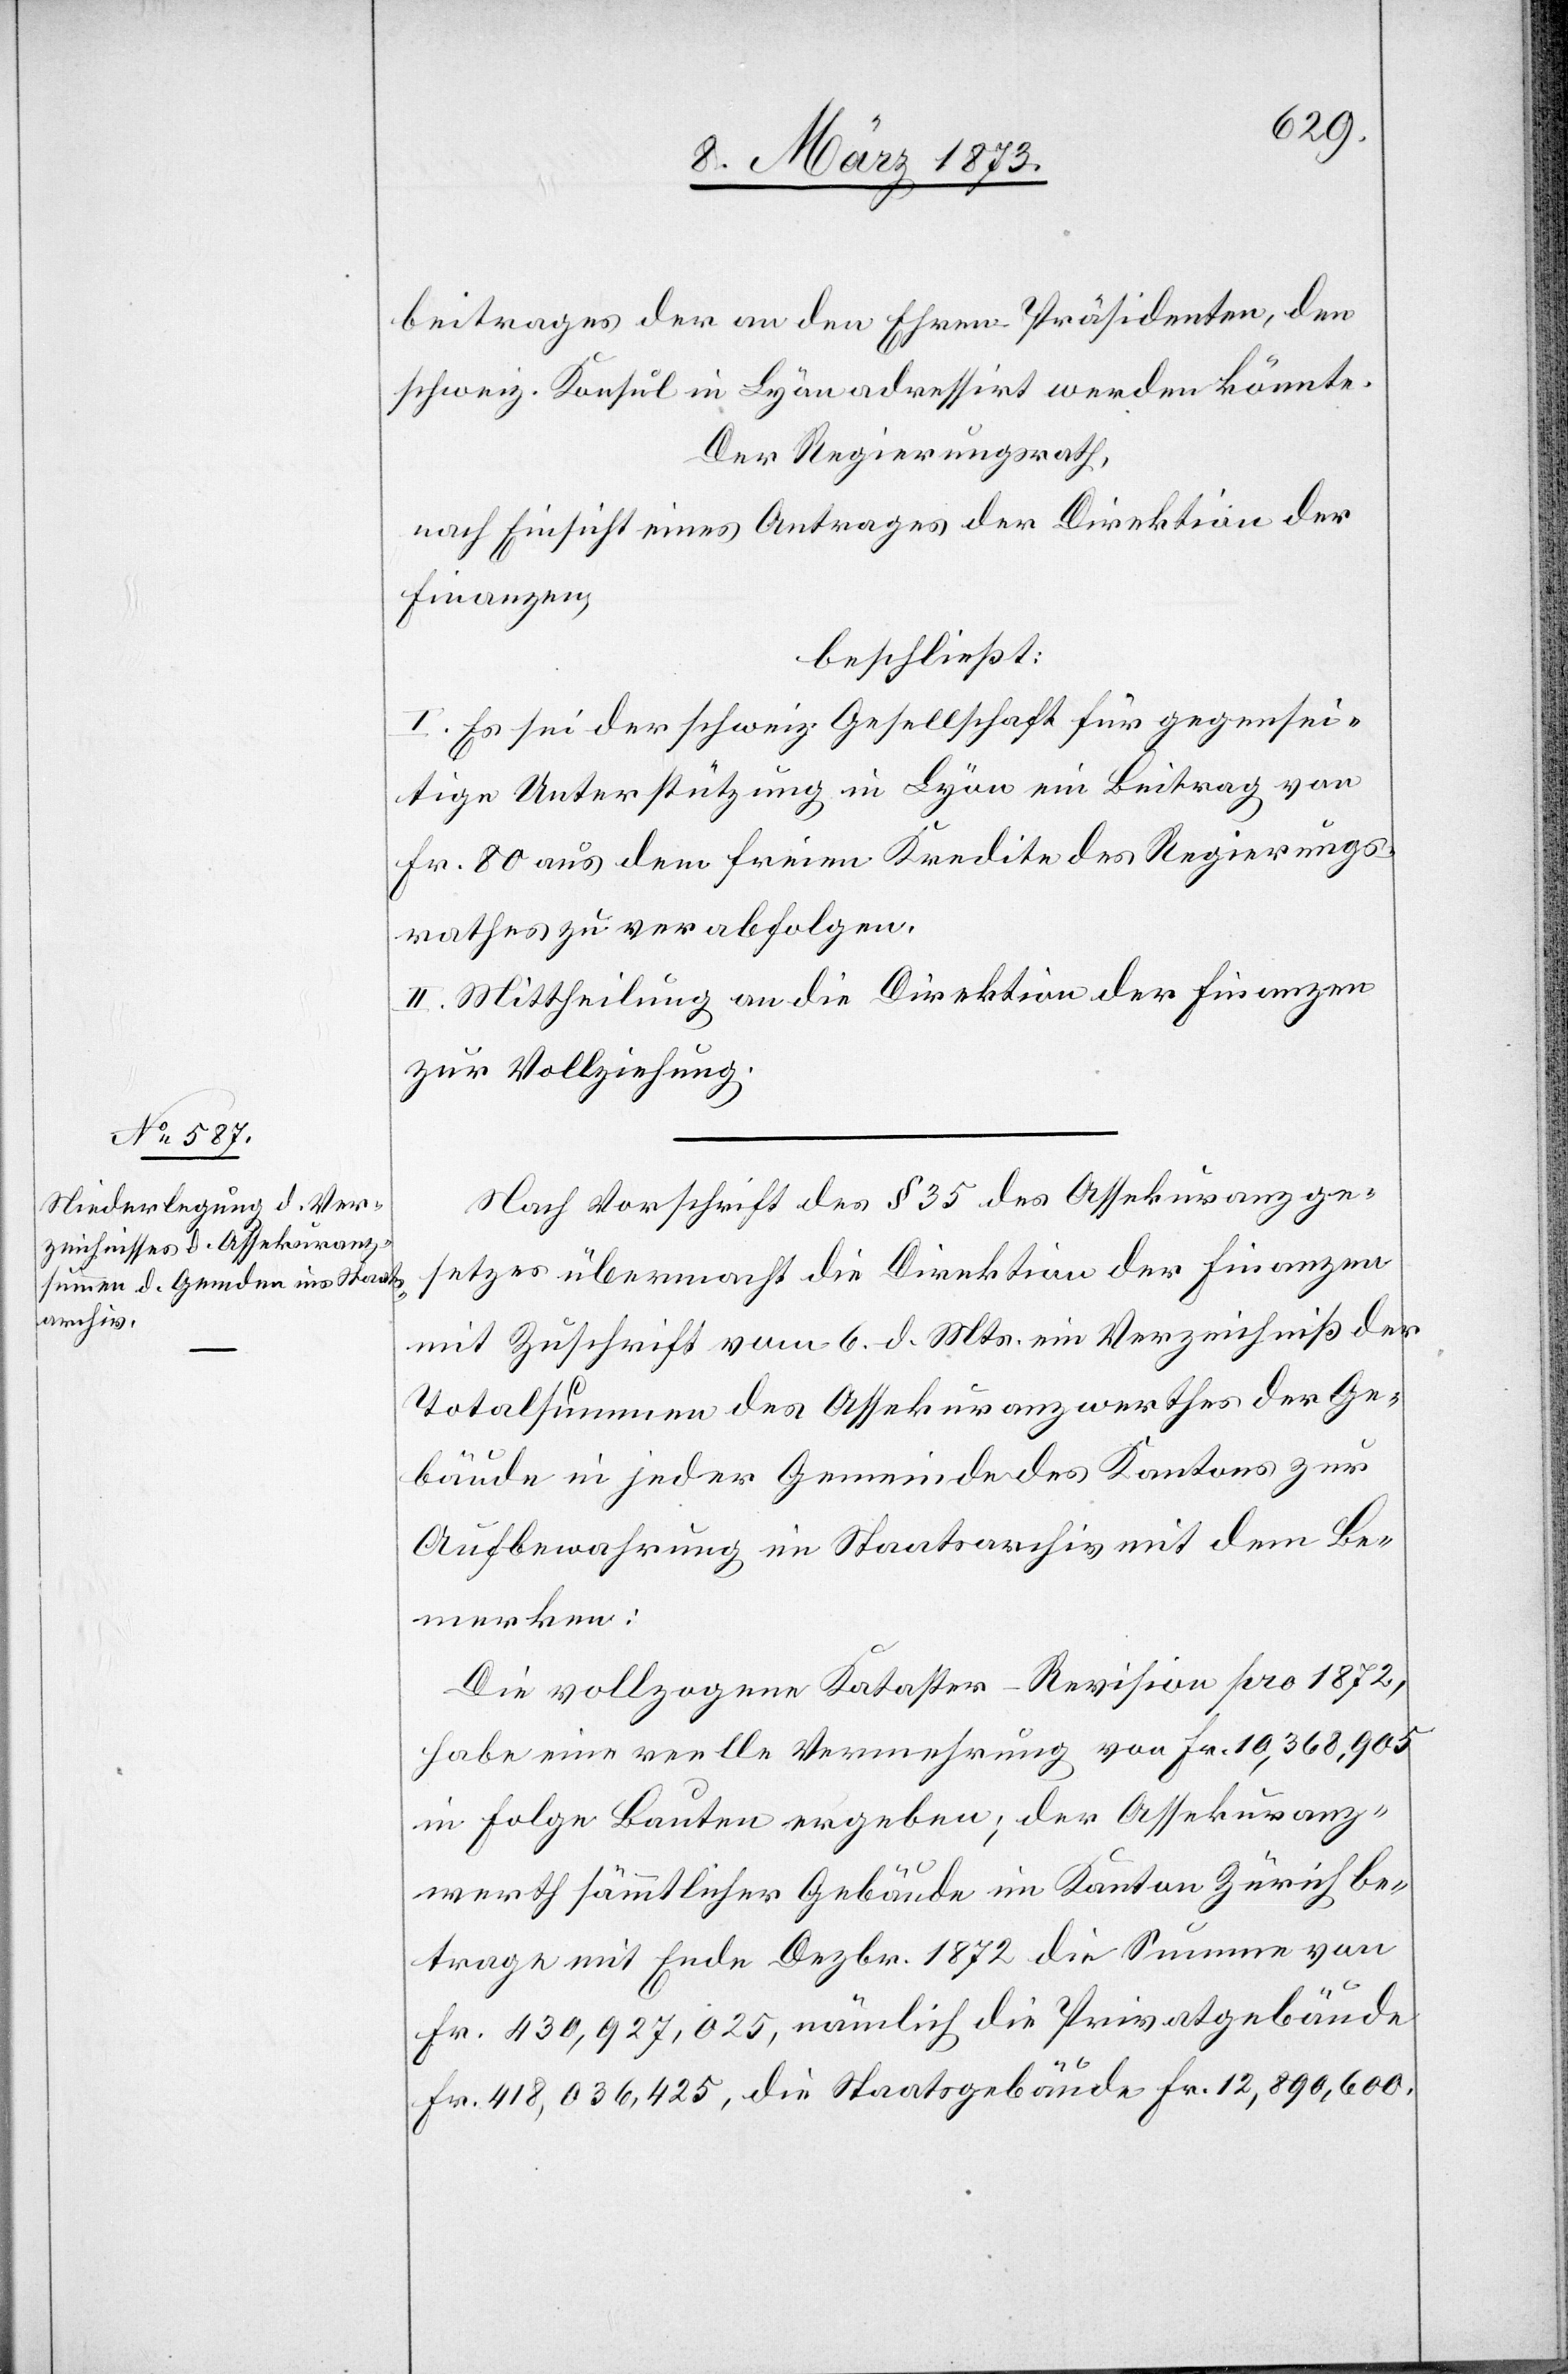
beitrages der an den Ehren-Präsidenten, den
schweiz. Konsul in Lyon adressirt werden könnte.
Der Regierungsrath,
nach Einsicht eines Antrages der Direktion der
Finanzen,
beschließt:
I. Es sei der schweiz. Gesellschaft für gegensei¬
tige Unterstützung in Lyon ein Beitrag von
Fr. 80 aus dem freien Kredite des Regierungs¬
rathes zu verabfolgen.
II. Mittheilung an die Direktion der Finanzen
zur Vollziehung.
Nach Vorschrift des § 35 des Assekuranzge¬
setzes übermacht die Direktion der Finanzen
mit Zuschrift vom 6. d. Mts. ein Verzeichniß der
Totalsummen des Assekuranzwerthes der Ge¬
bäude in jeder Gemeinde des Kantons zur
Aufbewahrung im Staatsarchiv mit dem Be¬
merken:
Die vollzogene Kataster-Revision pro 1872,
habe eine reelle Vermehrung von Fr. 10,368,905
in Folge Bauten ergeben; der Assekuranz¬
werth sämmtlicher Gebäude im Kanton Zürich be¬
trage mit Ende Dezbr. 1872 die Summe von
Fr. 430,927,025, nämlich die Privatgebäude
Fr. 418,036,425, die Staatsgebäude Fr. 12,890,600.